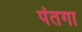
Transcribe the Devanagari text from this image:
पंतगा